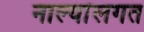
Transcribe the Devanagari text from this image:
नाल्यांलगत